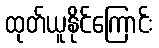
ထုတ်ယူနိုင်ကြောင်း